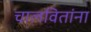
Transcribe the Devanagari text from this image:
चालवितांना